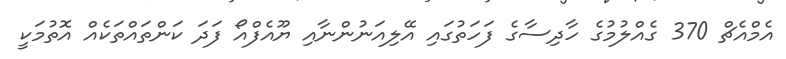
އެމްއެޗް 370 ގެއްލުމުގެ ހާދިސާގެ ފަހަތުގައި އޭލިއަނުންނާއި ޔޫއެފްއޯ ފަދަ ކަންތައްތަކެއް އޮތުމަކީ